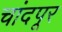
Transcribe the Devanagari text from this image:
चांदपूर